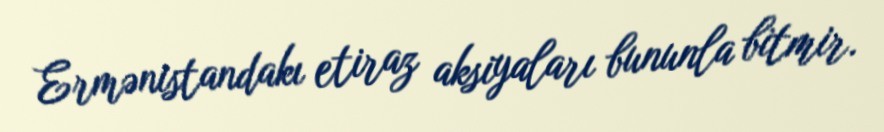
Ermənistandakı etiraz aksiyaları bununla bitmir.